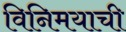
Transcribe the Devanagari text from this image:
विनिमयाची